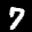
Label: 7